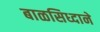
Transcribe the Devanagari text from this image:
बाळसिध्दाने